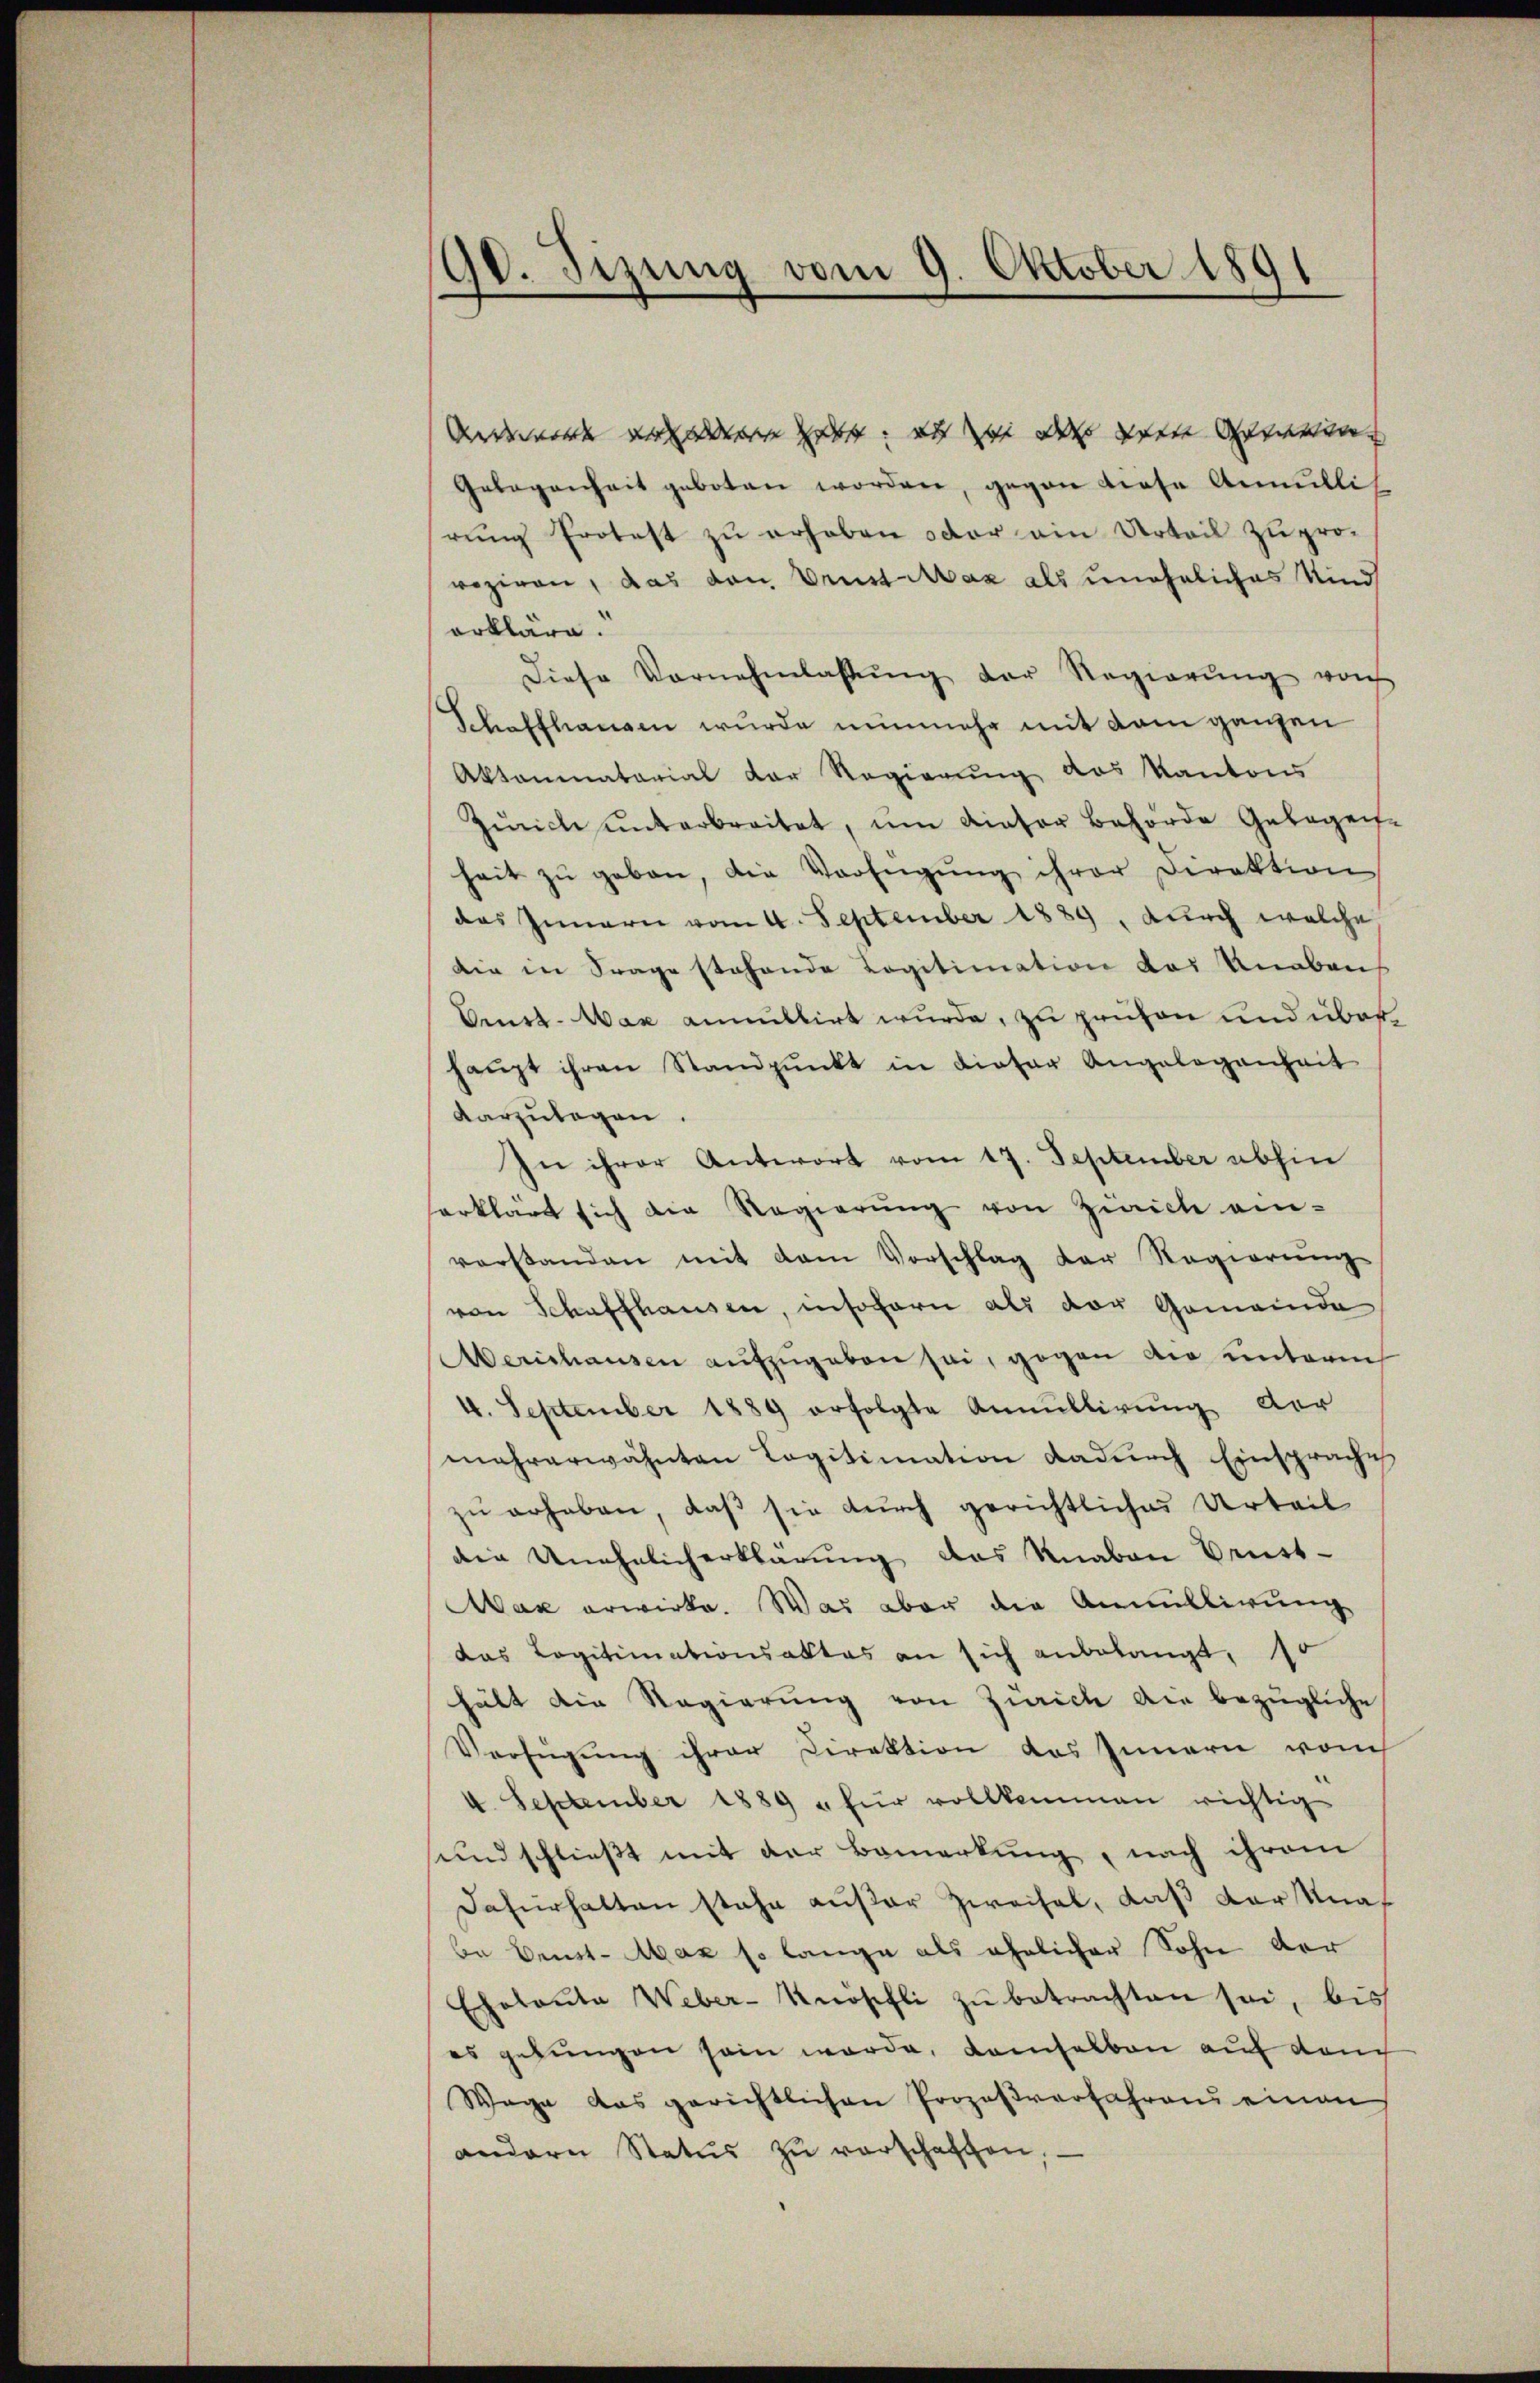
90. Sizung vom 9. Oktober 1891

Undewerde vielen get: was wie das vorte Gemein
Gelegenheit geboten worden, gegen diese Annullit
rŭng Protest zŭ erhoben oder ein Urteil zŭ pro-
roziren, das von Drust Max als uneheliches Kind
erkläre.
Diese Vornehmlassŭng der Regierŭng noch
Schaffhausen wurde nunmehr mit kam ganzen
Aktoniatorial der Regierung das Kantons
Zürich unterbreitet, um dieser Behörde Gelegen-
heit zŭ geben, die Verfügŭng ihrer Direktion
das Innern vom 4. September 1889, durch welche
die in Frage stehende Logitimation das Knabens
Orust-Max annullirt wurde, zu prüfen und überhaŭpt ihren Standpŭnkt in dieser Angelegenheit
darzulagen.
In ihrer Antwort vom 17. September abhin
erklärt sich die Regierŭng von Zürich ein-
verstanden mit dem Vorschlag der Regierung
von Schaffhausen, insofern als vor Gemeinde
Aerchausen aufzugeben sei, gegen die unternh
4. September 1889 erfolgte Annullirŭng der
mehrerwähnten Legitimation dadurch Einsprache
zu erhaben, daß sie durch gerichtliches Urteil
die Unehelich erklärung das Knaben Brust-
Max erwirke. Was aber die Annullirung
das Legitimationsaktes an sich anbelangt, 10
hält die Regierung von Zürich die bezügliche
Verfügung ihrer Direktion des Innern manch
4. September 1889 u für vollkommen richtig
und schließt mit der Bemerkung, nach ihrem
Dafürhalten stehe außer Zweifel, daß der Knabe Brust-Max so lange als ehelicher Sohn der
Eholaŭta Weber-Knöschli zŭ betrachten sei, bis
es gebungen sein werde, kamselben auf den
Wege das gerichtlichen Prozeßverfahrend einen
andern Status zu verschaffen,